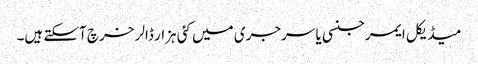
میڈیکل ایمرجنسی یا سرجری میں کئی ہزار ڈالر خرچ آسکتے ہیں۔